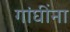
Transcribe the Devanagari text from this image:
गांघींना